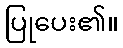
ပြုပေး၏။